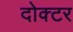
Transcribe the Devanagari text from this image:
दोक्टर